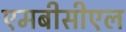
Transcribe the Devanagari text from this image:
एमबीसीएल